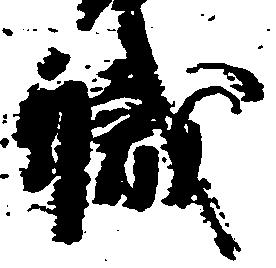
職